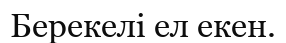
Берекелі ел екен.